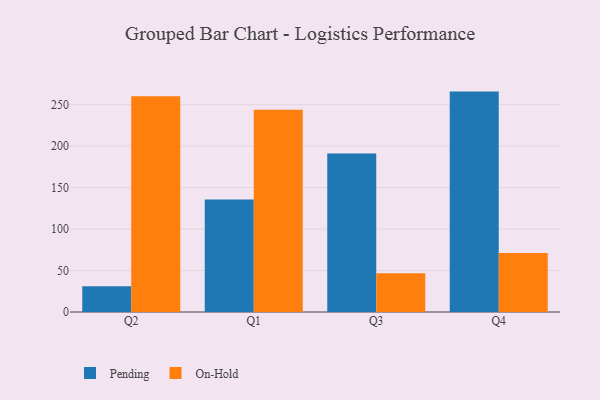
{"axis": {"x": "Quarter", "y": "Website Visitors"}, "legend": ["On-Hold", "Pending"], "data": [{"x": "Q2", "y": 31.0, "type": "Pending"}, {"x": "Q2", "y": 260.2, "type": "On-Hold"}, {"x": "Q1", "y": 135.7, "type": "Pending"}, {"x": "Q1", "y": 243.9, "type": "On-Hold"}, {"x": "Q3", "y": 191.2, "type": "Pending"}, {"x": "Q3", "y": 46.6, "type": "On-Hold"}, {"x": "Q4", "y": 265.7, "type": "Pending"}, {"x": "Q4", "y": 71.2, "type": "On-Hold"}]}